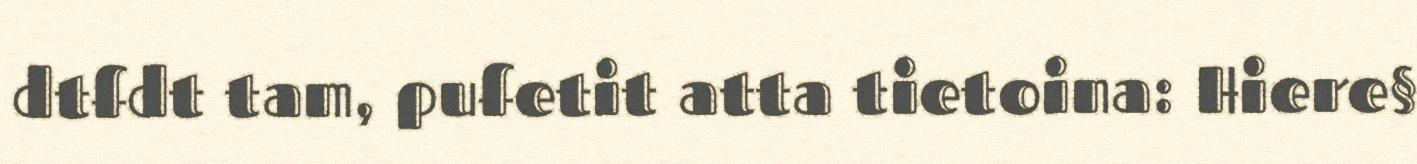
dtfdt tam, pufetit atta tietoina: Hiere§